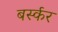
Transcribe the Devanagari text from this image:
बर्स्कर